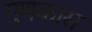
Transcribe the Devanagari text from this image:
गुणकास